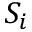
S _ { i }